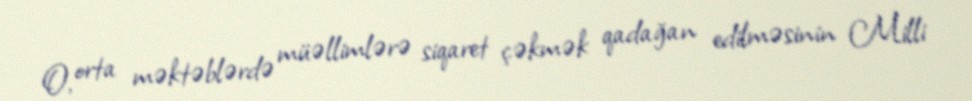
O, orta məktəblərdə müəllimlərə siqaret çəkmək qadağan edilməsinin Milli